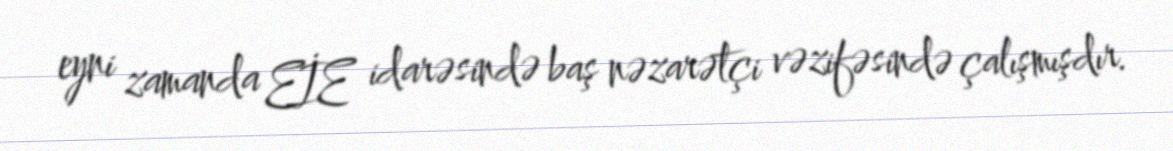
eyni zamanda EİE idarəsində baş nəzarətçi vəzifəsində çalışmışdır.